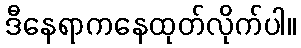
ဒီနေရာကနေထုတ်လိုက်ပါ။